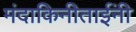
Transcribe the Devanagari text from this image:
मंदाकिनीताईंनी